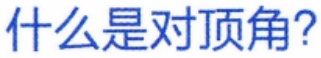
什么是对顶角?